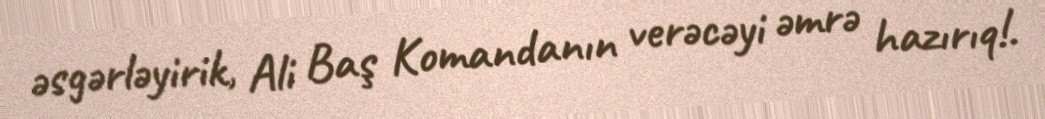
əsgərləyirik, Ali Baş Komandanın verəcəyi əmrə hazırıq!.